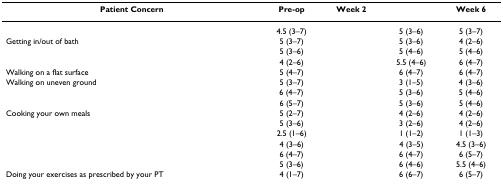
<table><thead><tr><td><b>Patient Concern</b></td><td><b>Pre-op</b></td><td><b>Week 2</b></td><td>[EMPTY_CELL]</td><td><b>Week 6</b></td></tr></thead><tbody><tr><td>[EMPTY_CELL]</td><td>4.5 (3–7)</td><td>[EMPTY_CELL]</td><td>5 (3–6)</td><td>5 (3–7)</td></tr><tr><td>Getting in/out of bath</td><td>5 (3–7)</td><td>[EMPTY_CELL]</td><td>5 (3–6)</td><td>4 (2–6)</td></tr><tr><td>[EMPTY_CELL]</td><td>5 (3–6)</td><td>[EMPTY_CELL]</td><td>5 (4–6)</td><td>5 (4–6)</td></tr><tr><td>[EMPTY_CELL]</td><td>4 (2–6)</td><td>[EMPTY_CELL]</td><td>5.5 (4–6)</td><td>6 (4–7)</td></tr><tr><td>Walking on a flat surface</td><td>5 (4–7)</td><td>[EMPTY_CELL]</td><td>6 (4–7)</td><td>6 (4–7)</td></tr><tr><td>Walking on uneven ground</td><td>5 (3–7)</td><td>[EMPTY_CELL]</td><td>3 (1–5)</td><td>4 (3–6)</td></tr><tr><td>[EMPTY_CELL]</td><td>6 (4–7)</td><td>[EMPTY_CELL]</td><td>5 (3–6)</td><td>5 (4–6)</td></tr><tr><td>[EMPTY_CELL]</td><td>6 (5–7)</td><td>[EMPTY_CELL]</td><td>5 (3–6)</td><td>5 (4–6)</td></tr><tr><td>Cooking your own meals</td><td>5 (2–7)</td><td>[EMPTY_CELL]</td><td>4 (2–6)</td><td>4 (2–6)</td></tr><tr><td>[EMPTY_CELL]</td><td>5 (3–6)</td><td>[EMPTY_CELL]</td><td>3 (2–6)</td><td>4 (2–6)</td></tr><tr><td>[EMPTY_CELL]</td><td>2.5 (1–6)</td><td>[EMPTY_CELL]</td><td>1 (1–2)</td><td>1 (1–3)</td></tr><tr><td>[EMPTY_CELL]</td><td>4 (3–6)</td><td>[EMPTY_CELL]</td><td>4 (3–5)</td><td>4.5 (3–6)</td></tr><tr><td>[EMPTY_CELL]</td><td>6 (4–7)</td><td>[EMPTY_CELL]</td><td>6 (4–7)</td><td>6 (5–7)</td></tr><tr><td>[EMPTY_CELL]</td><td>5 (3–6)</td><td>[EMPTY_CELL]</td><td>6 (4–6)</td><td>5.5 (4–6)</td></tr><tr><td>Doing your exercises as prescribed by your PT</td><td>4 (1–7)</td><td>[EMPTY_CELL]</td><td>6 (6–7)</td><td>6 (5–7)</td></tr></tbody></table>